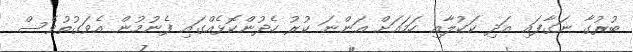
ބުރުގާ ނަގާފައި އަދި ކަކުލާއި ހަމައަށް އަންނަ ކުރު ހެދުންކޮޅެއްގައި ފެނުމުން އެވަގުތުވެސް